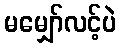
မမျှော်လင့်ပဲ